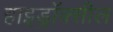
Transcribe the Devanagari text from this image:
हाइड्रॉक्सील